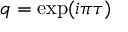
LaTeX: q = \exp ( i \pi \tau )